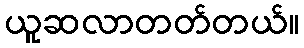
ယူဆလာတတ်တယ်။